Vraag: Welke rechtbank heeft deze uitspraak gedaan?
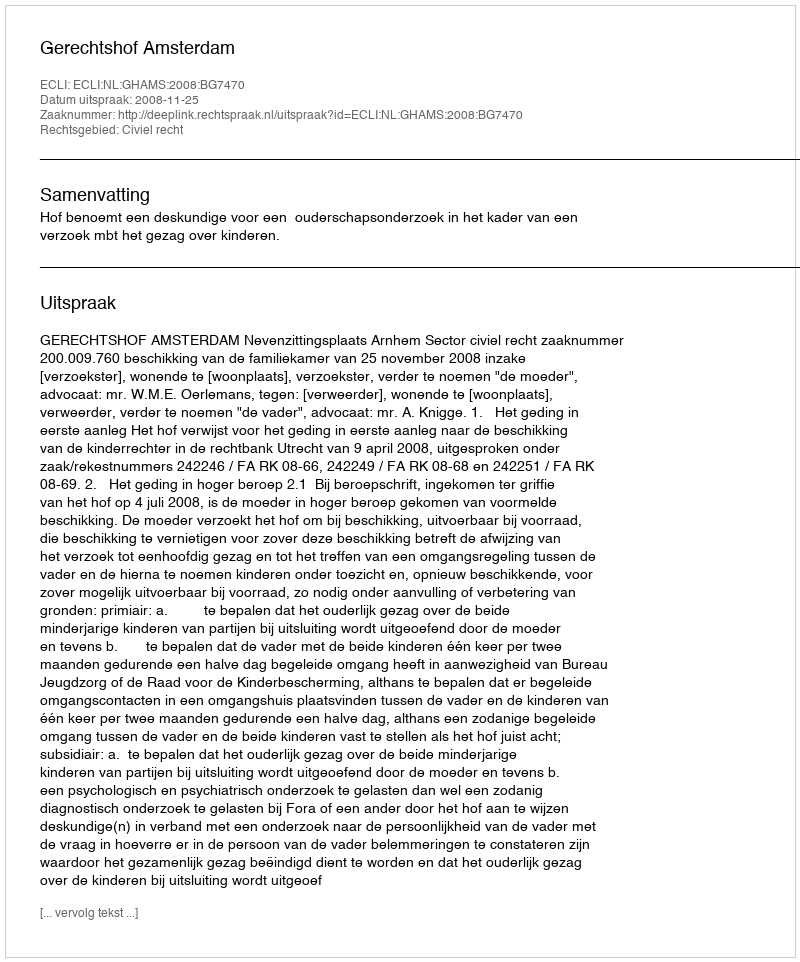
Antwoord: Gerechtshof Amsterdam